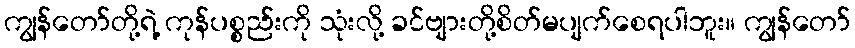
ကျွန်တော်တို့ရဲ့ ကုန်ပစ္စည်းကို သုံးလို့ ခင်ဗျားတို့စိတ်မပျက်စေရပါဘူး။ ကျွန်တော်